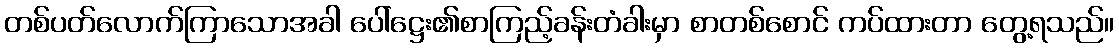
တစ်ပတ်လောက်ကြာသောအခါ ပေါ်ဋ္ဌေး၏စာကြည့်ခန်းတံခါးမှာ စာတစ်စောင် ကပ်ထားတာ တွေ့ရသည်။